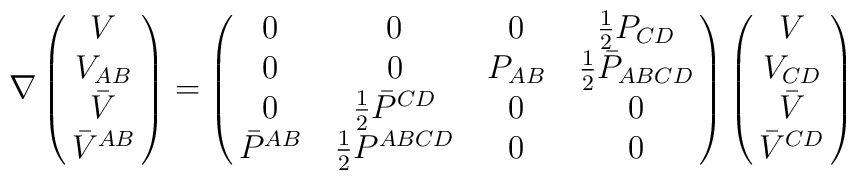
\nabla \pmatrix{V \cr V_{AB} \cr \bar V \cr \bar V^{AB}\cr} = \pmatrix{0 & 0 & 0 &{1 \over 2} P_{CD}  \cr 0 & 0 & P_{AB} & {1 \over 2} \bar P_{ABCD} \cr0 & {1 \over 2}\bar P^{CD} & 0 & 0 \cr \bar P^{AB} & {1 \over 2} P^{ABCD} & 0 & 0 \cr}\pmatrix{V \cr V_{CD} \cr \bar V \cr \bar V^{CD}\cr}